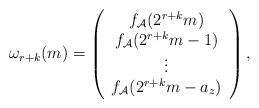
LaTeX: \begin{align*} \omega_{r+k}(m)=\left(\begin{array}{c}f_{\mathcal{A}}(2^{r+k}m)\\f_{\mathcal{A}}(2^{r+k}m-1)\\\vdots\\f_{\mathcal{A}}(2^{r+k}m-a_z)\\\end{array}\right),\end{align*}